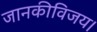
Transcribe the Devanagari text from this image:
जानकीविजय।